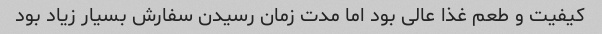
کیفیت و طعم غذا عالی بود اما مدت زمان رسیدن سفارش بسیار زیاد بود